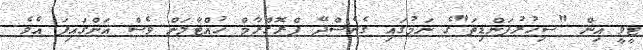
ޓީވީ އިން "ސިހުރުފަންޑިތަ"ގެ ނަމުގައި ގެނެސްދޭ ޕްރޮގްރާމް ހުއްޓާލަން ވެސް އަންގައިފަ އެވެ.